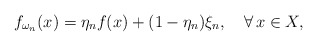
\begin{align*}f_{\omega_n}(x)= \eta_nf(x)+(1-\eta_n)\xi_n,\quad\forall\,x\in X,\end{align*}